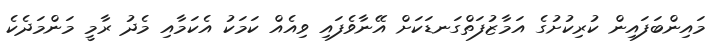
މައިންބަފައިން ކުރިކުށުގެ އަމާޒުފަތްގަނޑަކަށް އޭނާވެފައި ވިއެއް ކަމަކު އެކަމާއި މެދު ރާމީ މަންމަދެކެ